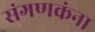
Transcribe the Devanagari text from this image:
संगणकंना